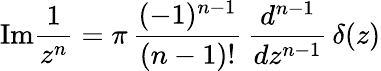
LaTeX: \mathrm{Im}{\frac{1}{z^{n}}}=\pi\, {\frac{(-1)^{n-1}}{(n-1)!}}\, {\frac{d^{n-1}}{dz^{n-1}}}\, \delta(z)